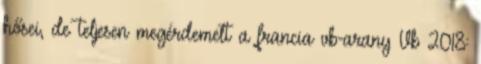
hősei, de teljesen megérdemelt a francia vb-arany Vb 2018: